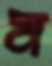
ম